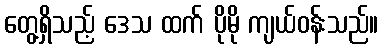
တွေ့ရှိသည့် ဒေသ ထက် ပိုမို ကျယ်ဝန်းသည်။